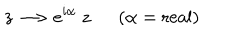
z \longrightarrow e ^ { i \alpha } ~ z ( \alpha = \mathrm { r e a l } )